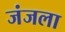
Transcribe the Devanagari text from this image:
जंजला